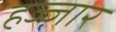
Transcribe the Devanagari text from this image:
हज्ज़ार